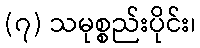
(၇) သမုစ္စည်းပိုင်း၊